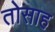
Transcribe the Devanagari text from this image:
तोसाह